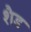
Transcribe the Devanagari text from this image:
शैड